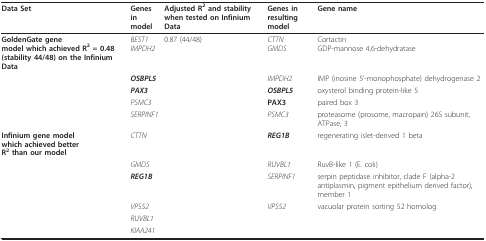
<table><thead><tr><td><b>Data Set</b></td><td><b>Genes in model</b></td><td><b>Adjusted R<sup>2 </sup>and stability when tested on Infinium Data</b></td><td><b>Genes in resulting model</b></td><td><b>Gene name</b></td></tr></thead><tbody><tr><td><b>GoldenGate gene</b><b>model which achieved R<sup>2 </sup>= 0.48 (stability 44/48) on the Infinium Data</b></td><td><i>BEST1</i><i>IMPDH2</i></td><td>0.87 (44/48)</td><td><i>CTTN</i><i>GMDS</i></td><td>CortactinGDP-mannose 4,6-dehydratase</td></tr><tr><td></td><td><b><i>OSBPL5</i></b></td><td></td><td><i>IMPDH2</i></td><td>IMP (inosine 5&#x27;-monophosphate) dehydrogenase 2</td></tr><tr><td></td><td><b><i>PAX3</i></b></td><td></td><td><b><i>OSBPL5</i></b></td><td>oxysterol binding protein-like 5</td></tr><tr><td></td><td><i>PSMC3</i></td><td></td><td><b>PAX3</b></td><td>paired box 3</td></tr><tr><td></td><td><i>SERPINF1</i></td><td></td><td><i>PSMC3</i></td><td>proteasome (prosome, macropain) 26S subunit, ATPase, 3</td></tr><tr><td><b>Infinium gene model</b><b>which achieved better</b><b>R<sup>2 </sup>than our model</b></td><td><i>CTTN</i></td><td></td><td><b><i>REG1B</i></b></td><td>regenerating islet-derived 1 beta</td></tr><tr><td></td><td><i>GMDS</i></td><td></td><td><i>RUVBL1</i></td><td>RuvB-like 1 (E. coli)</td></tr><tr><td></td><td><b><i>REG1B</i></b></td><td></td><td><i>SERPINF1</i></td><td>serpin peptidase inhibitor, clade F (alpha-2 antiplasmin, pigment epithelium derived factor), member 1</td></tr><tr><td></td><td><i>VPS52</i></td><td></td><td><i>VPS52</i></td><td>vacuolar protein sorting 52 homolog</td></tr><tr><td></td><td><i>RUVBL1</i></td><td></td><td></td><td></td></tr><tr><td></td><td><i>KIAA241</i></td><td></td><td></td><td></td></tr></tbody></table>